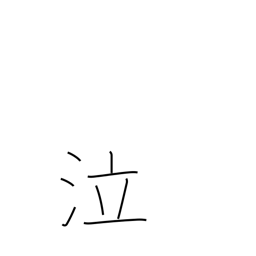
Meaning: weep